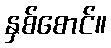
နှစ်စောင်။